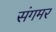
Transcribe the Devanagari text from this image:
संगमर